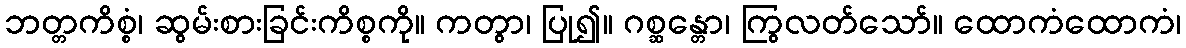
ဘတ္တကိစ္စံ၊ ဆွမ်းစားခြင်းကိစ္စကို။ ကတွာ၊ ပြု၍။ ဂစ္ဆန္တော၊ ကြွလတ်သော်။ ထောကံထောကံ၊